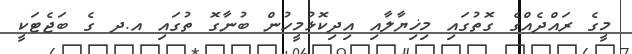
މީގެ ރައްދެއްގެ ގޮތުގައި މިޚިޔާލާއި އިދިކޮޅުމީހުން ބުނާގޮ ތުގައި އ.ދ ގެ ބަޖެޓަކީ